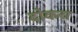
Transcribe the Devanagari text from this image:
दोकरा